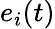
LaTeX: e_{i}(t)